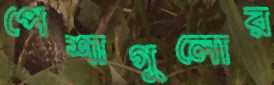
পেশাগুলোর